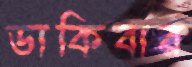
ডাকিবার